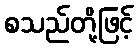
စသည်တို့ဖြင့်